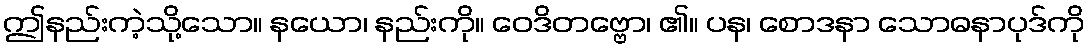
ဤနည်းကဲ့သို့သော။ နယော၊ နည်းကို။ ဝေဒိတဗ္ဗော၊ ၏။ ပန၊ စောဒနာ သောဓနာပုဒ်ကို